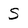
Character: S